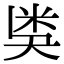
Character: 𥸸